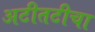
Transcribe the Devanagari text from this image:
अटीतटीचा